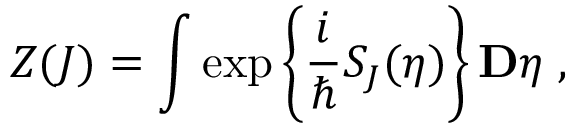
Z ( J ) = \int \exp \left\{ \frac { i } { \hbar } S _ { J } ( \eta ) \right\} { \bf { \cal D } } \eta \; ,